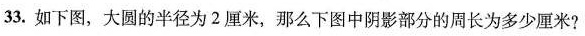
33.如下图，大圆的半径为2厘米，那么下图中阴影部分的周长为多少厘米?